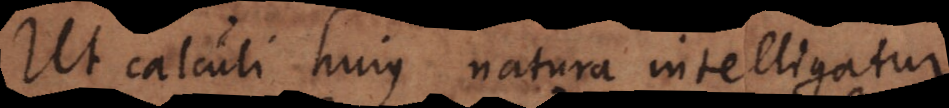
Ut calculi hujus natura intelligatur